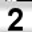
Digit: 2